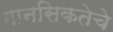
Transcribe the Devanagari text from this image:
मानसिकतेचे